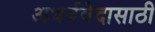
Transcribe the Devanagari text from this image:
अथर्ववेदासाठी